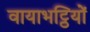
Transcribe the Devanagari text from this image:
वायाभट्ठियों